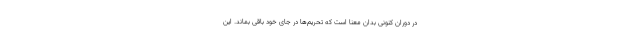
در دوران کنونی بدان معنا است که تحریم‌ها در جای خود باقی بماند. این